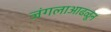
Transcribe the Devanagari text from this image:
जंगलाआढळून